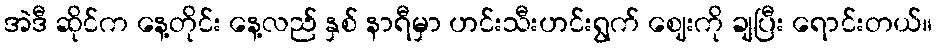
အဲဒီ ဆိုင်က နေ့တိုင်း နေ့လည် နှစ် နာရီမှာ ဟင်းသီးဟင်းရွက် ဈေးကို ချပြီး ရောင်းတယ်။